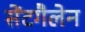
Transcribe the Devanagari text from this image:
सेंटगैलेन